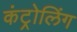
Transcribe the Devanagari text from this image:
कंट्रोलिंग